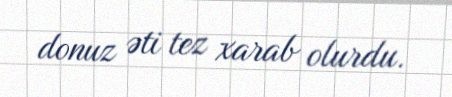
donuz əti tez xarab olurdu.